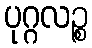
ပုဂ္ဂလဉ္စ